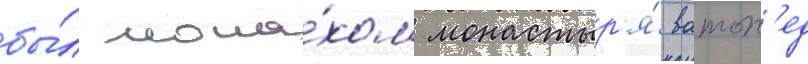
бы́л мона́хом монастыр'я́ ватоп'ед